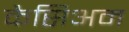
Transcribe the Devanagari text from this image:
कैसिअम